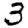
Digit: 3